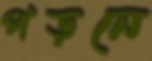
পড়নে